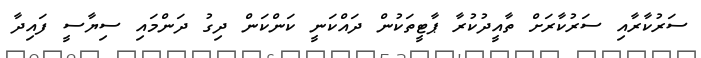
ސަރުކާރާއި ސަރުކާރަށް ތާއީދުކުރާ ޕާޓީތަކުން ދައްކަނީ ކަންކަން ދިގު ދަންމައި ސިޔާސީ ފައިދާ